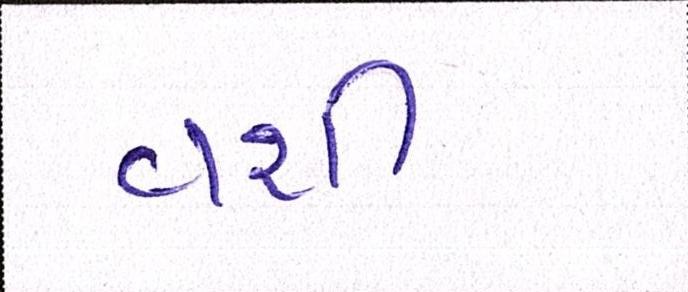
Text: વશી